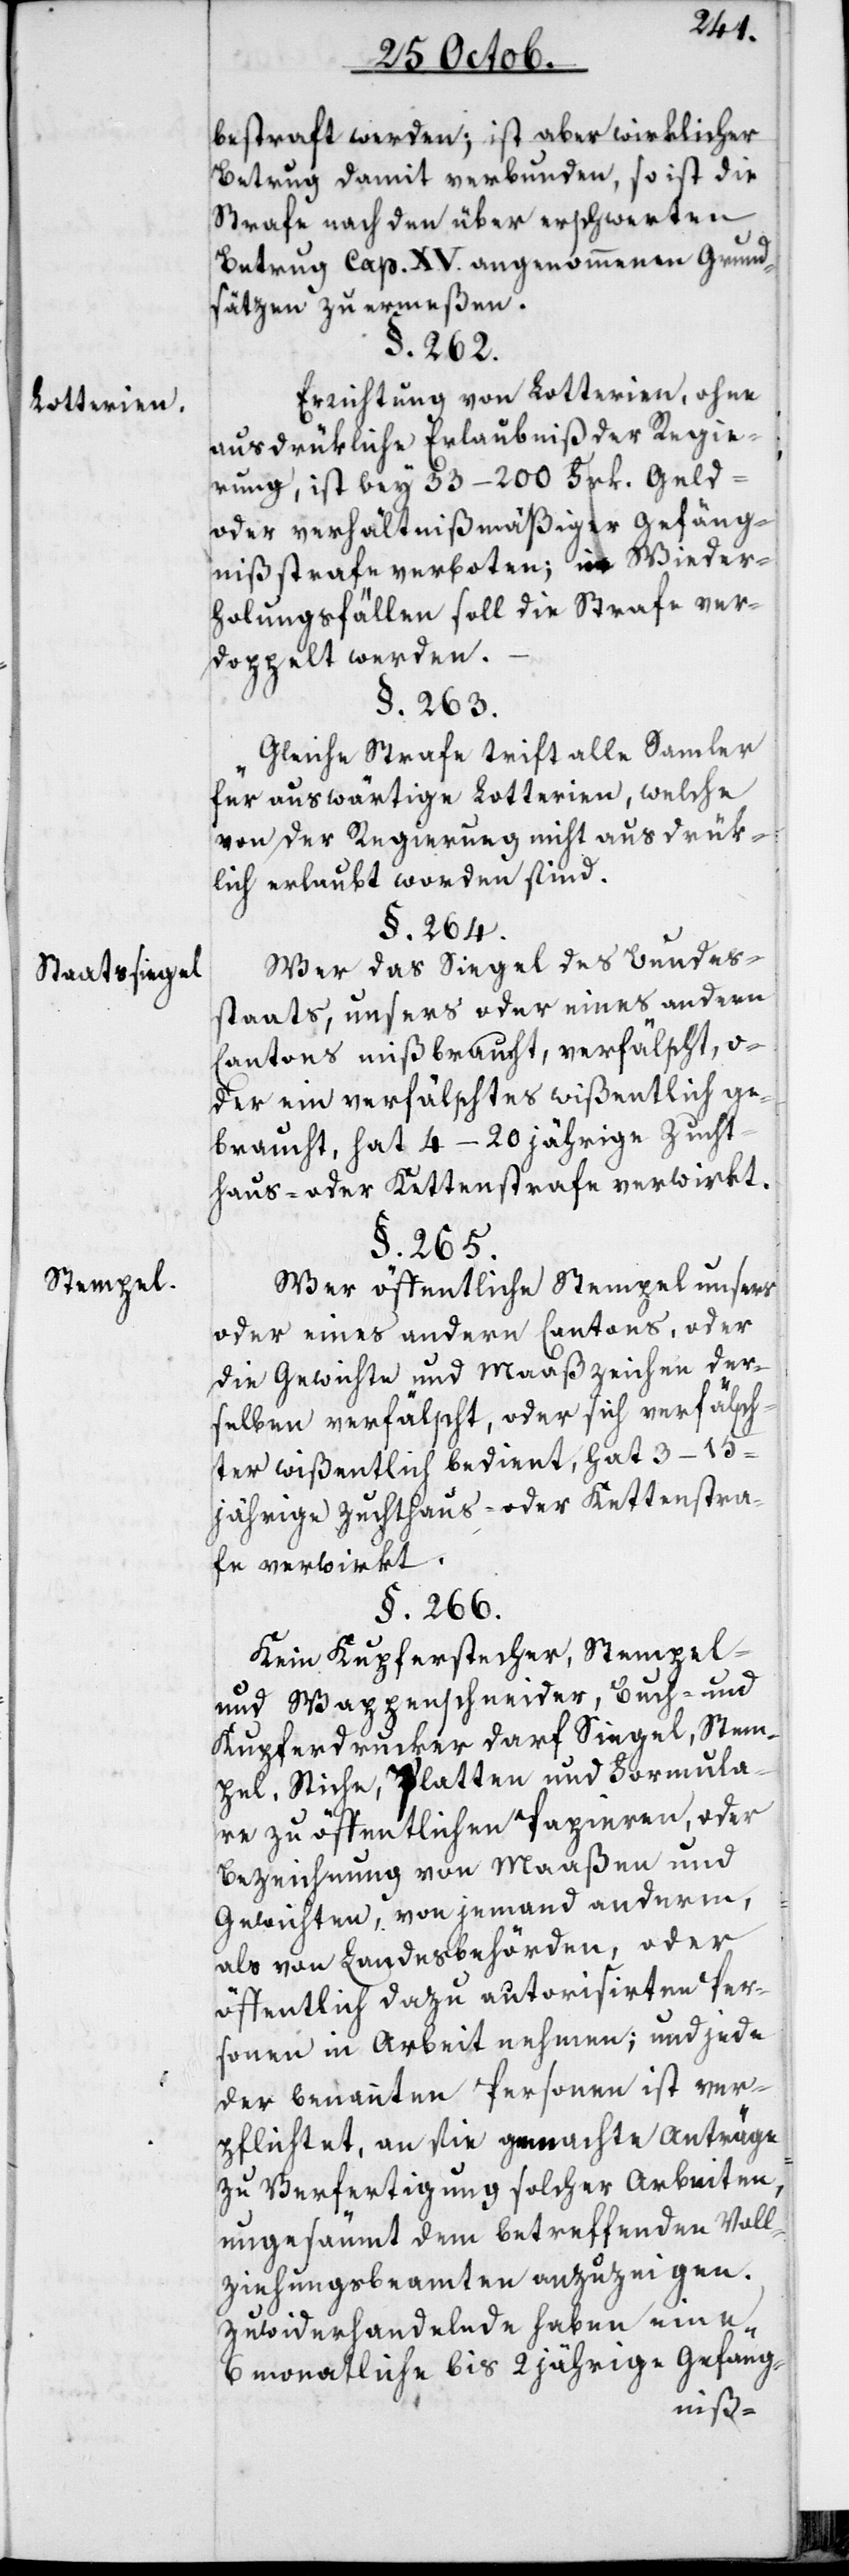
Lotterien.
Staatssiegel.
Stempel.

bestraft werden; ist aber wirklicher
Betrug damit verbunden, so ist die
Strafe nach den über erschwerten
Betrug Cap. XV. angenohmenen Grund¬
sätzen zu ermeßen.
§. 262.
Errichtung von Lotterien, ohne
ausdrükliche Erlaubnis der Regie¬
rung, ist bey 33–200 Frk. Geld-
oder verhältnißmäßiger Gefäng¬
nißstrafe verboten; in Wieder¬
holungsfällen soll die Strafe ver¬
doppelt werden.
§. 263.
Gleiche Strafe trift alle Sammler
für auswärtige Lotterien, welche
von der Regierung nicht ausdrük¬
lich erlaubt worden sind.
§. 264.
Wer das Siegel des Bundes¬
staats, unsers oder eines andern
Cantons mißbraucht, verfälscht, o¬
der ein verfälschtes wißentlich ge¬
braucht, hat 4–20 jährige Zucht¬
haus- oder Kettenstrafe verwirkt.
§. 265.
Wer öffentliche Stempel unsers
oder eines andern Cantons, oder
die Gewichte und Maaßzeichen der¬
selben verfälscht, oder sich verfälsch¬
ter wißentlich bedient, hat 3–15
jährige Zuchthaus- oder Kettenstra¬
fe verwirkt.
§. 266.
Kein Kupferstecher, Stempel-
und Wappenschneider, Buch- und
Kupferdrucker darf Siegel, Stem¬
pel, Stiche, Platten und Formula¬
re zu öffentlichen Papieren, oder
Bezeichnung von Maaßen und
Gewichten, von jemand anderm,
als von Landesbehörden oder
öffentlich dazu autorisierten Per¬
sonen in Arbeit nehmen; und jede
der benannten Personen ist ver¬
pflichtet, an sie gemachte Anträge
zu Verfertigung solcher Arbeiten,
ungesäumt dem betreffenden Voll¬
ziehungsbeamten anzuzeigen.
Zuwiderhandelnde haben eine
6 monatliche bis 2 jährige Gefäng-